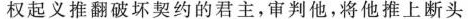
权起义推翻破坏契约的君主，审判他，将他推上断头